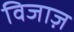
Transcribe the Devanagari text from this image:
विजाज़